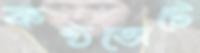
কণ্ঠভোটে